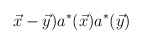
\begin{align*}\vec{x}-\vec{y})a^{*}(\vec{x})a^{*}(\vec{y})\end{align*}